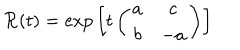
LaTeX: { \cal R } ( t ) = { \exp } \left[ { \displaystyle t } \left( \begin{array} { c c } { { a } } & { { c } } \\ { { b } } & { { - a } } \\ \end{array} \right) \right]